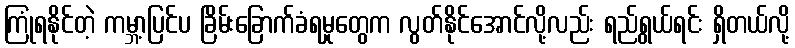
ကြုံရနိုင်တဲ့ ကမ္ဘာ့ပြင်ပ ခြိမ်းခြောက်ခံရမှုတွေက လွတ်နိုင်အောင်လို့လည်း ရည်ရွယ်ရင်း ရှိတယ်လို့